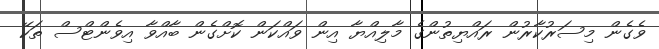
ވެގެން މިސަރުކާރުން ރައްޔިތުންގެ މާލިއްޔާ އިން ވައްކަން ކޮށްގެން ބާއްވާ އިވެންޓްސް ތަކޭ